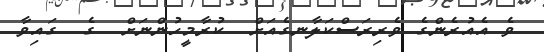
ވެ އެއުރެންގެ ވެރިރަސްކަލާނގެއަށް  ކުރާމީހުންނަށް  ގެ  ގައިވާ